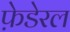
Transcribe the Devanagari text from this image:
फ़ेडेरल